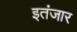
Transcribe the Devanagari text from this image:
इतंजार